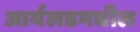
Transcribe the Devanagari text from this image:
आर्यलडमधील